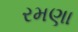
રમણા